Leaving Certificate, 1901
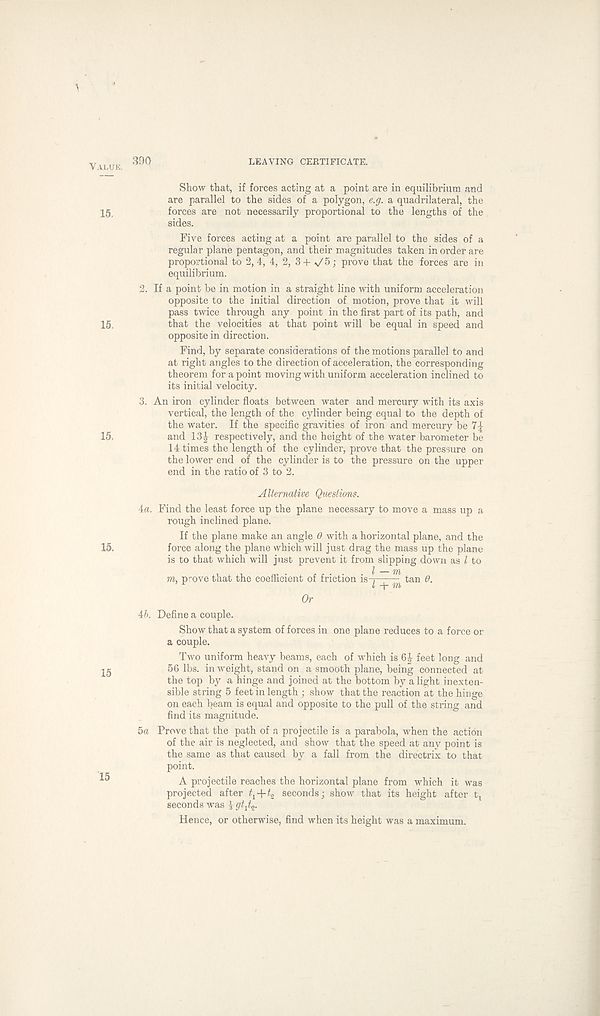
Value. 390
LEAVING CERTIFICATE.
Show that, if forces acting at a point are in equilibrium and
are parallel to the sides of a polygon, e.g. a quadrilateral, the
15,
forces are not necessarily proportional to the lengths of the
sides.
Five forces acting at a point are parallel to the sides of a
regular plane pentagon, and their magnitudes taken in order are
proportional to 2, 4, 4, 2, 3 + V5; prove that the forces are in
equilibrium.
2. If a point be in motion in a straight line with uniform acceleration
opposite to the initial direction of motion, prove that it will
pass twice through any point in the first part of its path, and
15,
that the velocities at that point will be equal in speed and
opposite in direction.
Find, by separate considerations of the motions parallel to and
at right angles to the direction of acceleration, the corresponding
theorem for a point moving with uniform acceleration inclined to
its initial velocity.
3. An iron cylinder floats between water and mercury with its axis
vertical, the length of the cylinder being equal to the depth of
the water. If the specific gravities of iron and mercury be
15.
and 13J respectively, and the height of the water barometer be
14 times the length of the cylinder, prove that the pressure on
the lower end of the cylinder is to the pressure on the upper
end in the ratio of 3 to 2.
15.
15
15
Alternative Questions.
4a. Find the least force up the plane necessary to move a mass up a
rough inclined plane.
If the plane make an angle 6 with a horizontal plane, and the
force along the plane which will just drag the mass up the plane
is to that which will just prevent it from slipping down as l to
to, prove that the coefficient of friction is-;——— tan 6.
’ ^
f -h TO
Or
4b. Define a couple.
Show that a system of forces in one plane reduces to a force or
a couple.
Two uniform heavy beams, each of which is 6| feet long and
56 lbs. in weight, stand on a smooth plane, being connected at
the top by a hinge and joined at the bottom by a light inexten-
sible string 5 feet in length ; show that the reaction at the hinge
on each beam is equal and opposite to the pull of the string and
find its magnitude.
5a Prove that the path of a projectile is a parabola, when the action
of the air is neglected, and show that the speed at any point is
the same as that caused by a fall from the directrix to that
point.
A projectile reaches the horizontal plane from which it was
projected after
seconds; show that its height after t,
seconds was ^ gtjo.
Hence, or otherwise, find when its height was a maximum